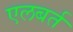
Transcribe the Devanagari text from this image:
एलबर्त